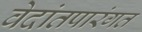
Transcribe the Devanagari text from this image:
वेदांतपारंगत